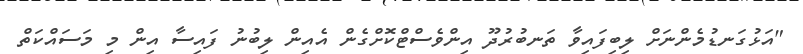
"އަޅުގަނޑުމެންނަށް ލިބިފައިވާ ތަނބުރުދޫ އިންވެސްޓްކޮށްގެން އެއިން ލިބުނު ފައިސާ އިން މި މަސައްކަތް